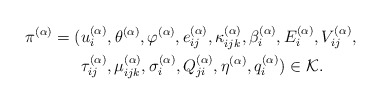
\begin{align*}\pi{}^{(\alpha)}=( & u_{i}^{(\alpha)},\theta{}^{(\alpha)},\varphi{}^{(\alpha)},e_{ij}^{(\alpha)},\kappa_{ijk}^{(\alpha)},\beta_{i}^{(\alpha)},E_{i}^{(\alpha)},V_{ij}^{(\alpha)},\\ & \tau_{ij}^{(\alpha)},\mu_{ijk}^{(\alpha)},\sigma_{i}^{(\alpha)},Q_{ji}^{(\alpha)},\eta^{(\alpha)},q_{i}^{(\alpha)})\in\mathcal{K}.\end{align*}